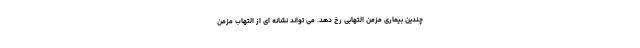
چندین بیماری مزمن التهابی رخ دهد. می تواند نشانه ای از التهاب مزمن